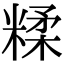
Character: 糅